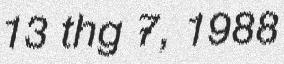
13 thg 7, 1988